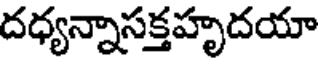
దధ్యన్నాసక్తహృదయా